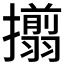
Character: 𢸄